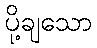
ပို့ချသော